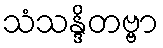
သံသန္ဒိတဗ္ဗာ